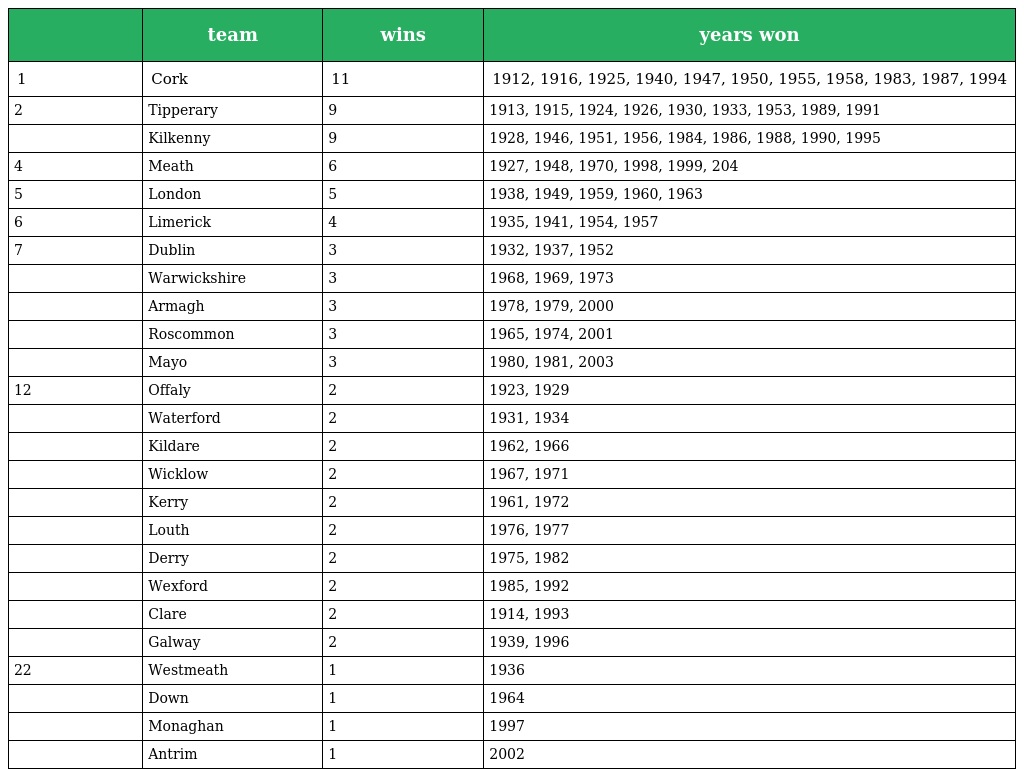
|  | team | wins | years won |
 | --- | --- | --- | --- |
 | 1 | Cork | 11 | 1912, 1916, 1925, 1940, 1947, 1950, 1955, 1958, 1983, 1987, 1994 |
 | 2 | Tipperary | 9 | 1913, 1915, 1924, 1926, 1930, 1933, 1953, 1989, 1991 |
 |  | Kilkenny | 9 | 1928, 1946, 1951, 1956, 1984, 1986, 1988, 1990, 1995 |
 | 4 | Meath | 6 | 1927, 1948, 1970, 1998, 1999, 204 |
 | 5 | London | 5 | 1938, 1949, 1959, 1960, 1963 |
 | 6 | Limerick | 4 | 1935, 1941, 1954, 1957 |
 | 7 | Dublin | 3 | 1932, 1937, 1952 |
 |  | Warwickshire | 3 | 1968, 1969, 1973 |
 |  | Armagh | 3 | 1978, 1979, 2000 |
 |  | Roscommon | 3 | 1965, 1974, 2001 |
 |  | Mayo | 3 | 1980, 1981, 2003 |
 | 12 | Offaly | 2 | 1923, 1929 |
 |  | Waterford | 2 | 1931, 1934 |
 |  | Kildare | 2 | 1962, 1966 |
 |  | Wicklow | 2 | 1967, 1971 |
 |  | Kerry | 2 | 1961, 1972 |
 |  | Louth | 2 | 1976, 1977 |
 |  | Derry | 2 | 1975, 1982 |
 |  | Wexford | 2 | 1985, 1992 |
 |  | Clare | 2 | 1914, 1993 |
 |  | Galway | 2 | 1939, 1996 |
 | 22 | Westmeath | 1 | 1936 |
 |  | Down | 1 | 1964 |
 |  | Monaghan | 1 | 1997 |
 |  | Antrim | 1 | 2002 |